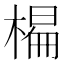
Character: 𣗨